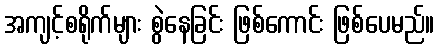
အကျင့်စရိုက်များ စွဲနေခြင်း ဖြစ်ကောင်း ဖြစ်ပေမည်။